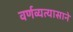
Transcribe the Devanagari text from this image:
वर्णव्यत्यासाने